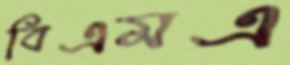
বিএমএ